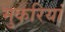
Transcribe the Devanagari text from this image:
मुकरियां